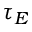
\tau _ { E }